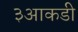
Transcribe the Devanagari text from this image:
३आकडी